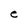
Character: e